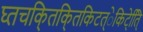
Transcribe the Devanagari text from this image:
घ्तचकि्तकि्तकिटत्ेकिटे्ति्ि